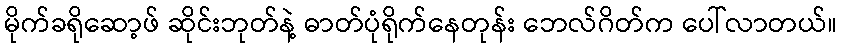
မိုက်ခရိုဆော့ဖ် ဆိုင်းဘုတ်နဲ့ ဓာတ်ပုံရိုက်နေတုန်း ဘေလ်ဂိတ်က ပေါ်လာတယ်။